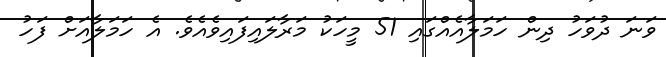
ވަނަ ދުވަހު ދިން ހަމަލާއެއްގައި 51 މީހަކު މަރާލައިފައިވެއެވެ. އެ ހަމަލާއަށް ފަހު